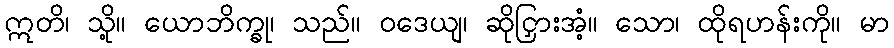
ဣတိ၊ သို့။ ယောဘိက္ခု၊ သည်။ ဝဒေယျ၊ ဆိုငြှားအံ့။ သော၊ ထိုရဟန်းကို။ မာ